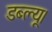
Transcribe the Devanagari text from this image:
डब्ल्यू।